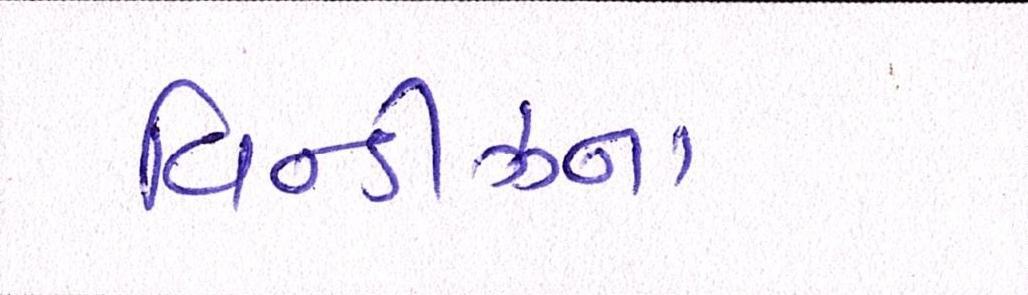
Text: વિન્ડીઝના